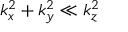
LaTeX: k _ { x } ^ { 2 } + k _ { y } ^ { 2 } \ll k _ { z } ^ { 2 }